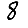
Digit: 8